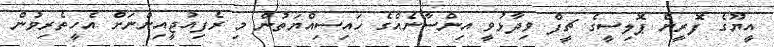
އީޔޫގެ ފޮރީން ޕޮލިސީގެ ޗީފް ވިދާޅުވީ އިންސާނެއްގެ ހައިސިއްޔަތުން މި ރެފިއުޖީއިންނަށް އެހީތެރިވުން